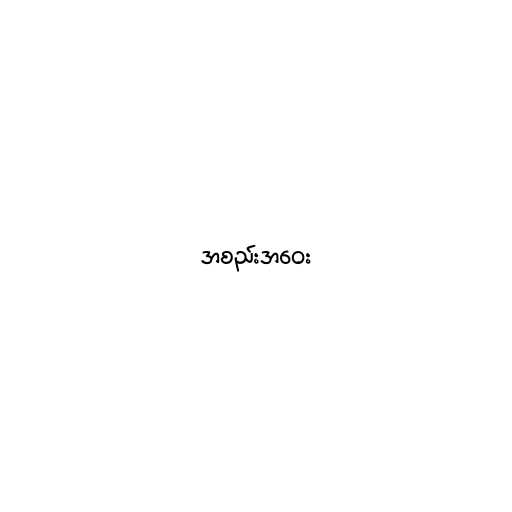
အစည်းအဝေး